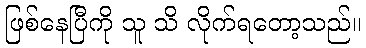
ဖြစ်နေပြီကို သူ သိ လိုက်ရတော့သည်။